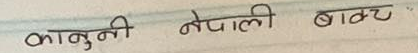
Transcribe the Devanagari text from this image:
कानुनी नेपाली बाट